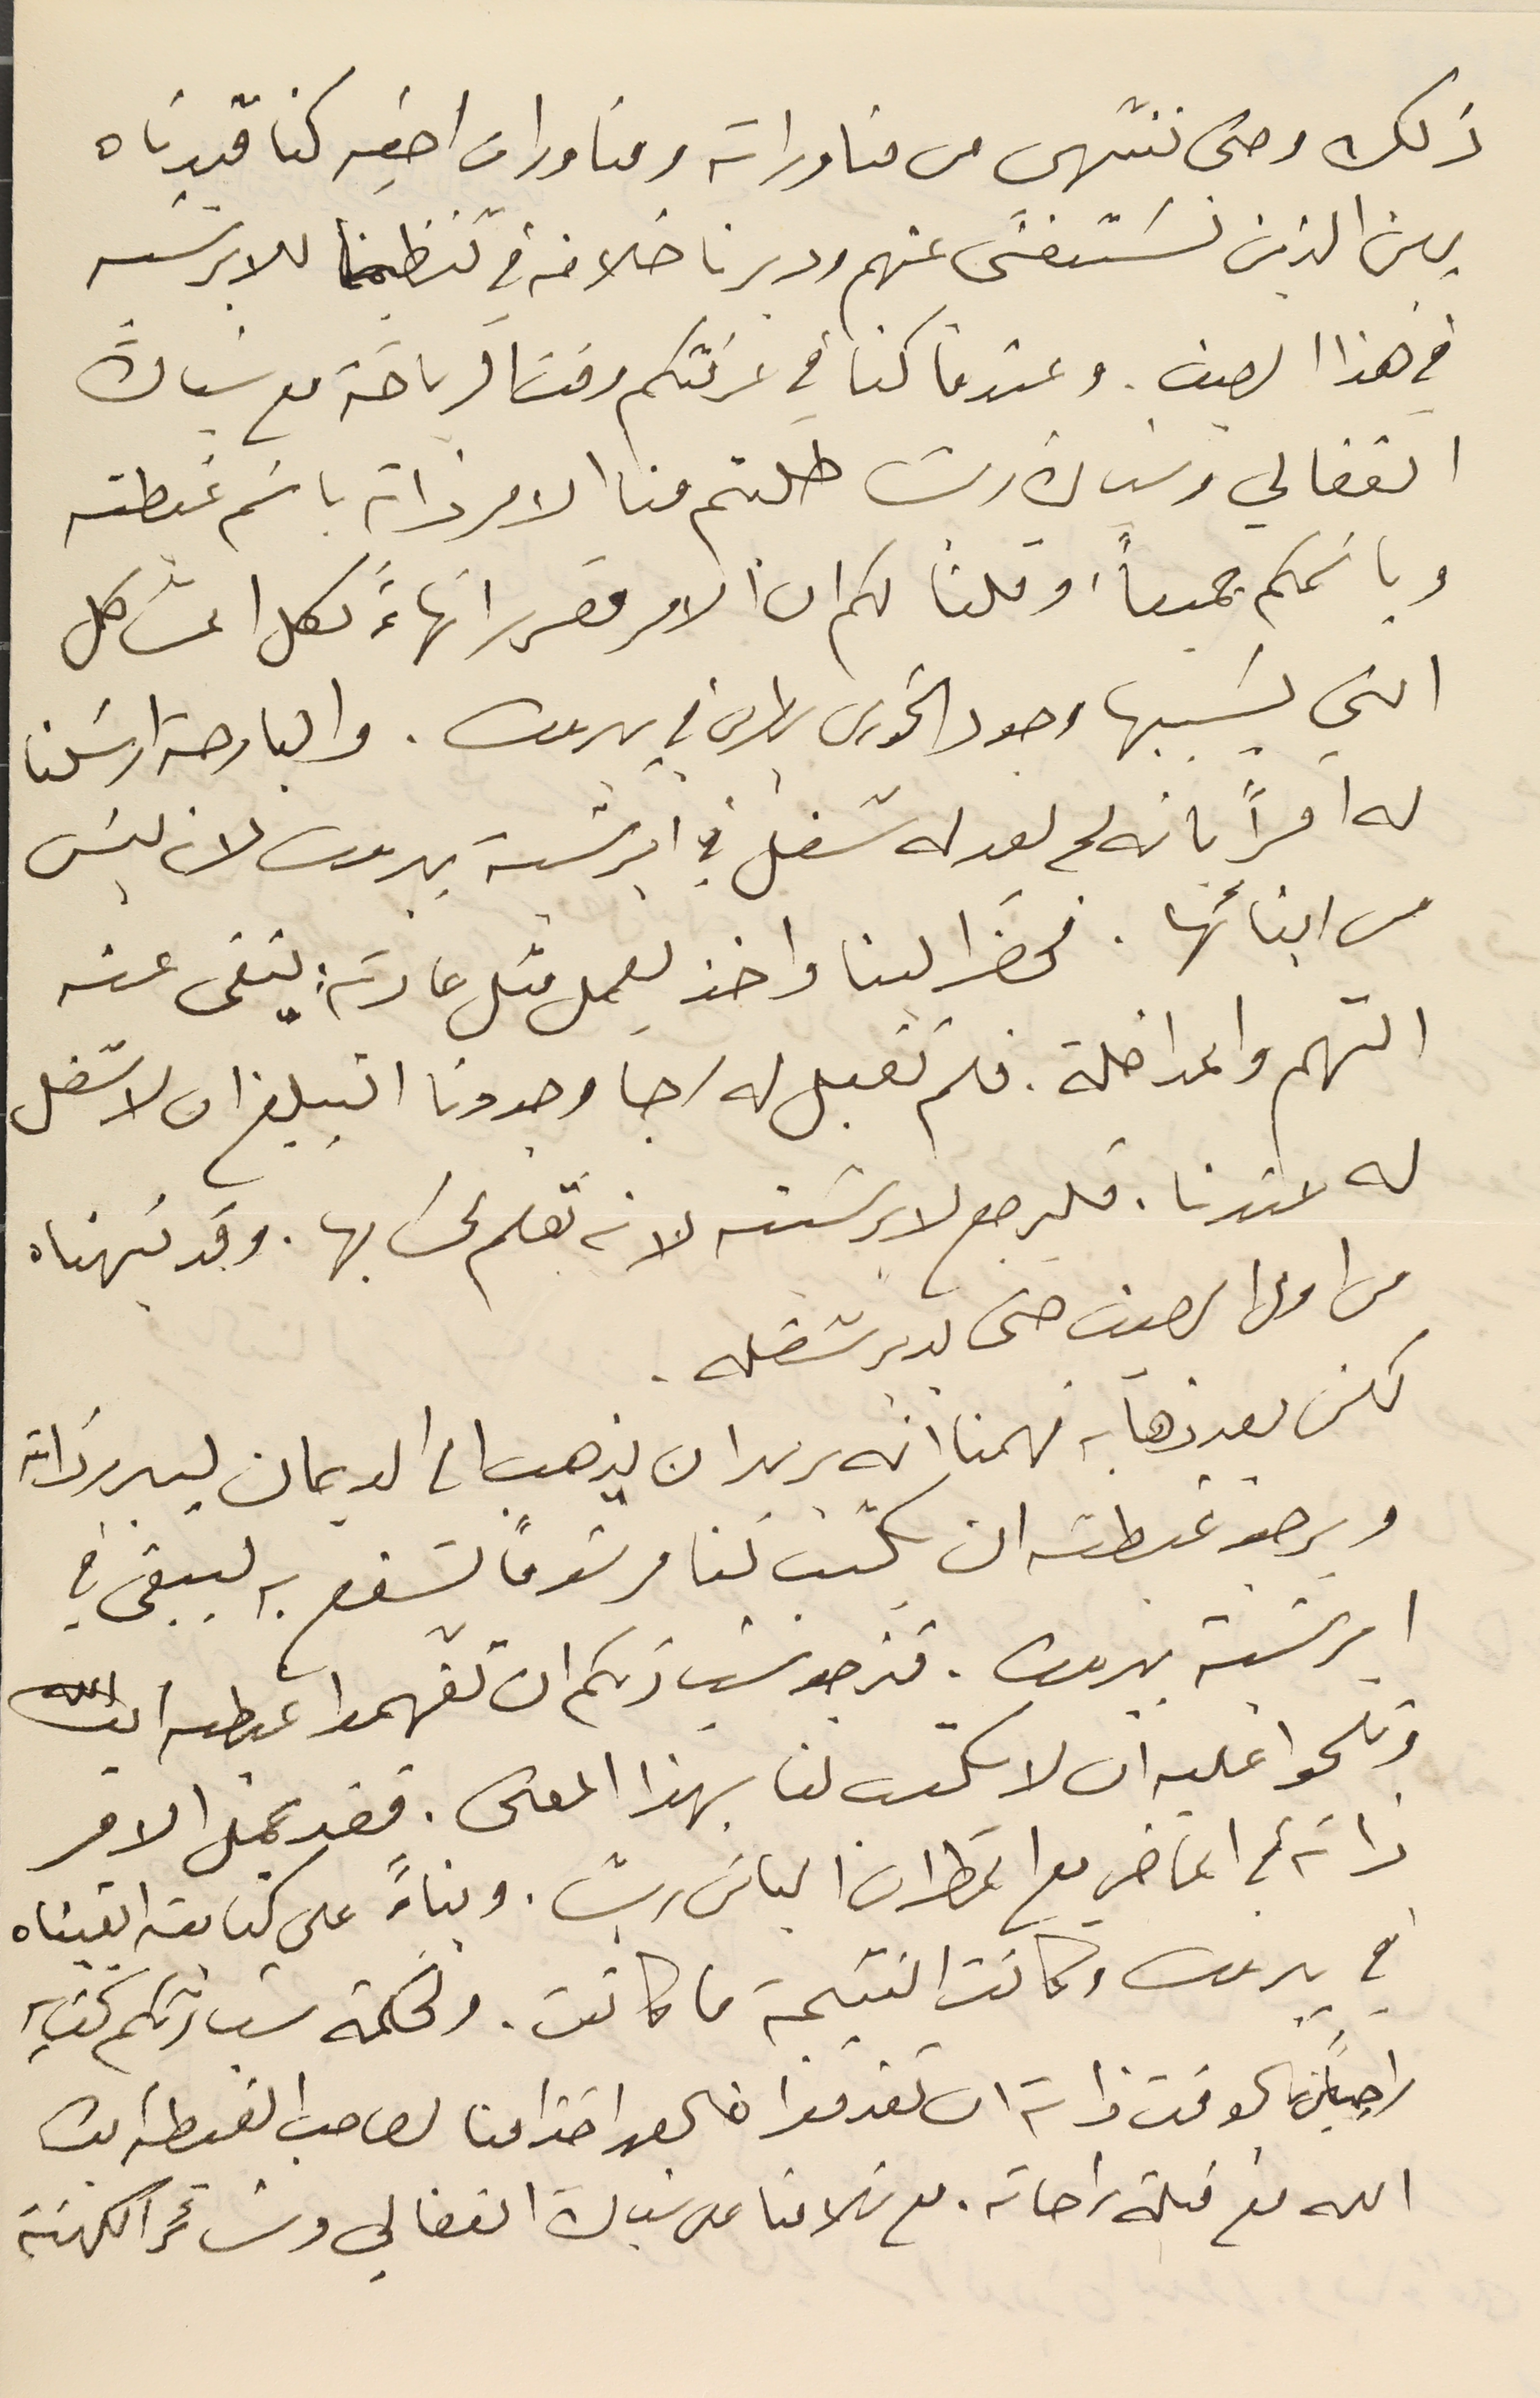
ذلك وحتى ننتهى من مناوراته ومناورات اخيه كنا قيدناه
بين الذين نسَتغنى عنهم ودبرنا خلافه في تنظيمنا للابرشيه
 في هذا الصيف. وعندما كنا في غرفتكم وقت الرياضة مع سَيادة
 الفغالي وسَيادة ريشا طلبتم منا الامر ذاته باسَم غبطته
وباسَمكم جميعاً، وقلنا لكم ان الامر مقرر انهاءًَ لكل المشاكل
التي يسَببها وجود الخوري بطرس في بيروت. والبارحة ارسَلنا
له امراً بانه لم يعد له شغل في ابرشية بيروت لانه ليسَ
 من ابنائها. فحضَر الينا واخذ يعمل مثل عادته : ينفى عنه
 التهم والمداخلة. فلم تقبل له رجا وجددنا التبليغ ان لا شغل
له عندنا. فليرجع لابرشيته لانه تعلم لحسَابها. وقد نبهناه
 من اول الصيف حتى يدبر شغله.
لكن بعد ذهابه فهمنا انه يريد ان يذهب الى الديمان ليبرر ذاته
ويرجو غبطته ان يكتب لنا مرسَوماً يشفع به ليبقى في
 ابرشية بيروت. فنرجو سَيادتكم ان تفهموا غبطىه ايده الله
وتلحوا عليه ان لا يكتب لنا بهذا المعنى. فقد عمل الامر
ذاته في الماضي مع المطران الياسَ ريشا. وبناءً على كتابته ابقيناه
في بيروت وكانت النتيجة ما كانت. ولحكمة سَيادتكم كتابه
راجياً في الوقت ذاته ان تقدموا خالص احترامنا لصاحب الغبطه ايده
الله مع قبلة راحاته. مع سَلامنا على سَيادة الفغالي وسَائر الكهنة